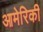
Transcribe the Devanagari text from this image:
आमेरिकी